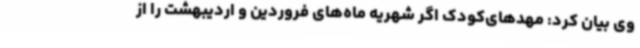
وی بیان کرد: مهدهای‌کودک اگر شهریه ماه‌های فروردین و اردیبهشت را از